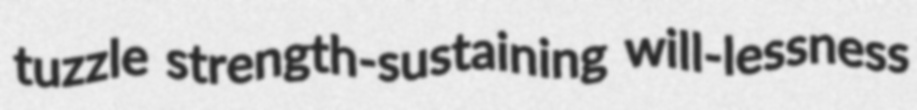
tuzzle strength-sustaining will-lessness